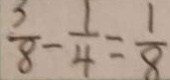
\frac { 3 } { 8 } - \frac { 1 } { 4 } = \frac { 1 } { 8 }